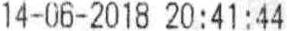
14-06-2018 20:41:44